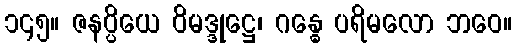
၁၄၅။ ဇနပ္ပိယေ ဝိမဒ္ဒုဋ္ဌေ၊ ဂန္ဓေ ပရိမလော ဘဝေ။